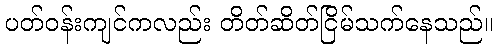
ပတ်ဝန်းကျင်ကလည်း တိတ်ဆိတ်ငြိမ်သက်နေသည်။